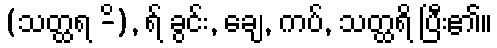
(သတ္ထရ -ိ), ရ် ခွင်း, ချေ, ကပ်, သတ္ထရိ ပြီး၏။